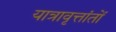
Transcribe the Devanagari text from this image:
यात्रावृत्तांतों